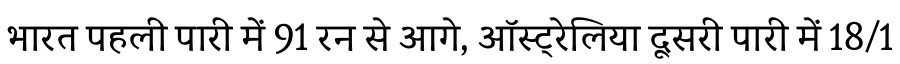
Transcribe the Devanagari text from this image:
भारत पहली पारी में 91 रन से आगे, ऑस्ट्रेलिया दूसरी पारी में 18/1